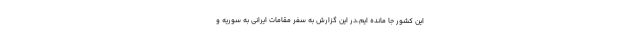
این کشور جا مانده ایم.در این گزارش به سفر مقامات ایرانی به سوریه و